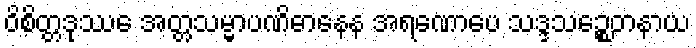
ဝိစိတ္တဒုဿေ အတ္တသမ္မာပဏိဓာနေန အရဏောပေ သဒ္ဒသဉ္စေတနာယ